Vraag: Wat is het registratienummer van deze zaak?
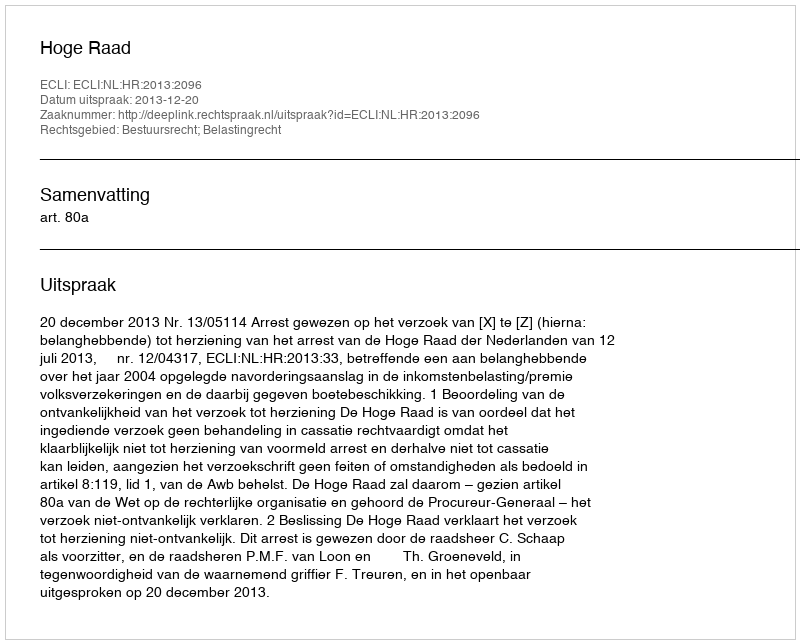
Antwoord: http://deeplink.rechtspraak.nl/uitspraak?id=ECLI:NL:HR:2013:2096